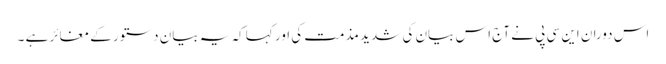
اس دوران این سی پی نے آج اس بیان کی شدید مذمت کی اور کہا کہ یہ بیان دستور کے مغائر ہے ۔